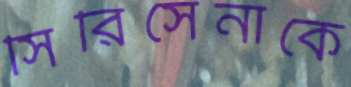
সিরিসেনাকে